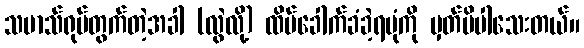
သမာသ်ရုပ်တွက်တဲ့အခါ (လွဲလို့) ထိပ်ခေါက်ခံခဲ့ရပုံကို မှတ်မိပါသေးတယ်။